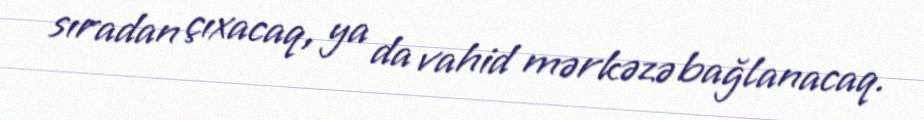
sıradan çıxacaq, ya da vahid mərkəzə bağlanacaq.